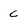
Character: C